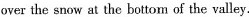
over the snow at the bottom of the valley.